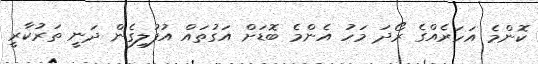
ކޮންމެ އަހަރެއްގެ ރޯދަ މަހު އެންމެ ބޮޑަށް އަގުތައް އުފުލިގެން ދަނީ ތަރުކާރީ